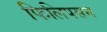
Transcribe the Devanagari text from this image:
फिलिपसन